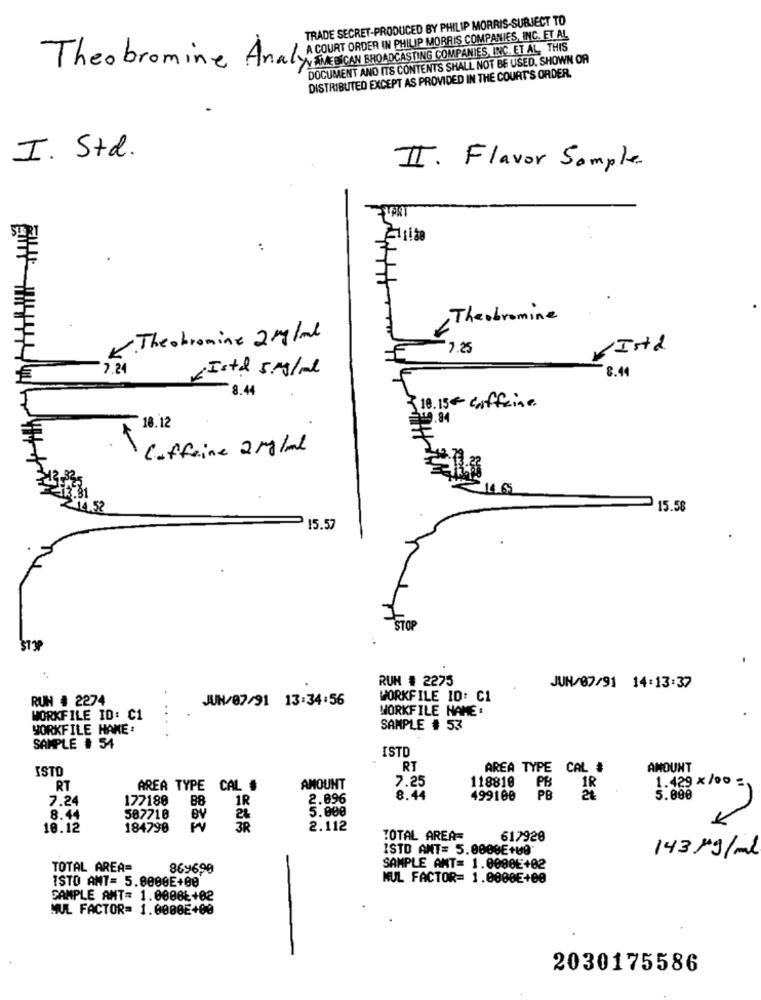
TRADE SECRET-PRODUCED BY PHILIP MORRIS-SUBJECT TO
Theobromine Anal A COURT ORDER IN PHILIP MORIS COMPANIES,INC. ET AL
DOCUMENT AND ITS CONTENTS SHALL NOT BE USED. SHOWN OR
DISTRIBUTED EXCEPT AS PROVIDED IN THE COURT'S ORDER.
I. Std.
II. Flavor Sample
Theobromine
K. The obromine 2 mg/ml
7.25
Vista
7.24
Istd 5 mg/ml
8.1
8.44
10.15 € coffeine
18.12
319.8
Caffeine 2 Mg/ml
52
15.58
15.57
STOF
RUN # 2275
JUN/07/91 14:13:37
RUN # 2274
JUN/07/91 13:34:56
WORKFILE 10: C1
..
WORKFILE NAME :
WORKFILE ID: C1
WORKFILE NAME :
SAMPLE # 53
SAMPLE # 54
ISTD
ISTO
RT
AREA TYPE CAL #
AMOUNT
RT
AREA TYPE CAL #
AMOUNT
7.25
118810 PB
1.429 x /00 =
7.24
177180
88
1R
2.896
8.44
499100
PB
5.000
5.000
8.44
507710
BY
2%
10.12
184790
3R
2.112
TOTAL AREA=
617920
ISTO ANT= 5.0000E+00
143 Mg/ml
TOTAL AREA=
869690
SAMPLE AMT= 1.0000E+02
ISTO ANT= 5.8000E+00
MUL FACTOR= 1.0000€+00
SAMPLE ANT= 1.0008Ł+02
MUL FACTOR= 1.0000E+00
2030175586